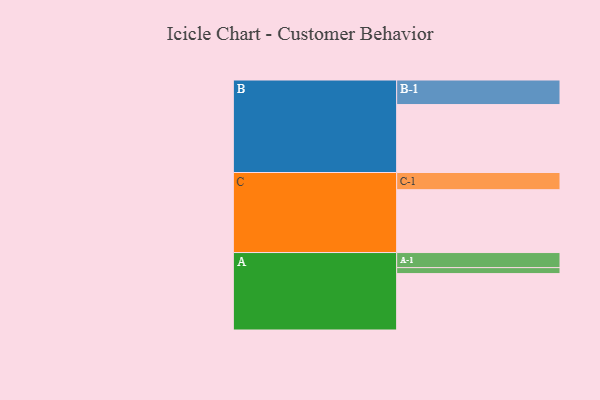
{"axis": {"x": "Segment", "y": "Value"}, "legend": ["", "A", "B", "C"], "data": [{"x": "A", "y": 498, "type": ""}, {"x": "B", "y": 600, "type": ""}, {"x": "C", "y": 555, "type": ""}, {"x": "A-1", "y": 133, "type": "A"}, {"x": "A-2", "y": 53, "type": "A"}, {"x": "B-1", "y": 217, "type": "B"}, {"x": "C-1", "y": 152, "type": "C"}]}